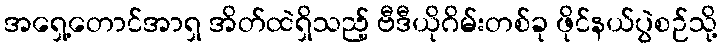
အရှေ့တောင်အာရှ အိတ်ထဲရှိသည့် ဗီဒီယိုဂိမ်းတစ်ခု ဖိုင်နယ်ပွဲစဉ်သို့